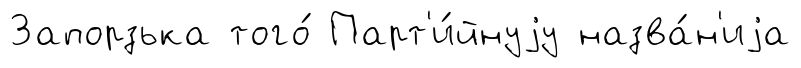
Запорзька того́ Парт'и́йнуjу назва́н'иjа